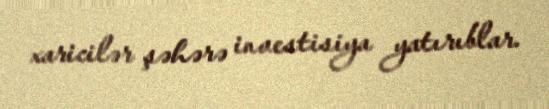
xaricilər şəhərə investisiya yatırıblar.